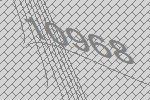
10968